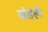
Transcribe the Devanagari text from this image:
बंडले